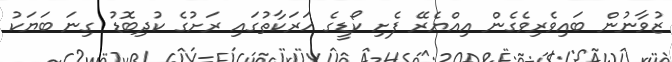
ޒުވާނުން ބައިވެރިވެގެން އިއްޔެރޭ ފެށި ކޯޑީގެ ހަރަކާތުގައި ރަށުގެ ކުދިބޮޑު ގިނަ ބަޔަކު